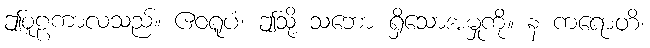
ဤစူဠကာလသည်။ ဧဝရူပံ၊ ဤသို့ သဘော ရှိသောအမှုကို။ န ကရောတိ၊